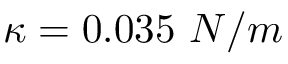
\kappa = 0 . 0 3 5 \ N / m